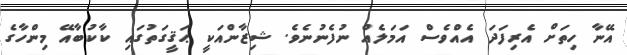
އޭނާ ހިތަށް އެރިފަދަ އެއްވެސް އަމަލެއް ނުފެނުނެވެ. ޝިޒާންއަކީ ޙަޤީގަތުގައި ކާކުބާއޭ މިންހާގެ